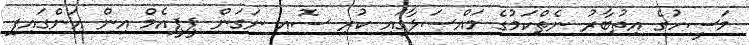
މަސީހުގެ އިތުބާރު ނެތްކަމުގެ މައްސަލާގައި ކުރި ސޮއި ނަގަން ޕީޕީއެމް އިން އަންގައިފި